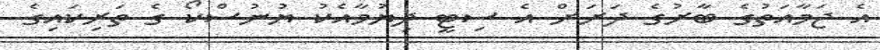
އެ ޖަމާއަތުގެ ބާރުގެ ދަށަށް އެ ސިޓީ ދިޔުމާއެކު ޔުނުސްކޯ ގެ ތަރިކައިގެ